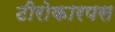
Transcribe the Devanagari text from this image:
टीरोकारपस